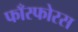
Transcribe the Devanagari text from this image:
फाँस्फोरस